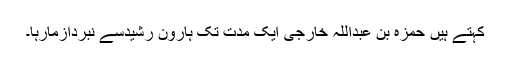
کہتے ہیں حمزہ بن عبداللہ خارجی ایک مدت تک ہارون رشیدسے نبردآزمارہا۔